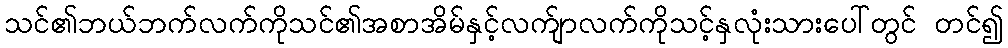
သင်၏ဘယ်ဘက်လက်ကိုသင်၏အစာအိမ်နှင့်လက်ျာလက်ကိုသင့်နှလုံးသားပေါ်တွင် တင်၍